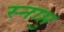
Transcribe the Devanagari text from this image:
स्नाप्तु